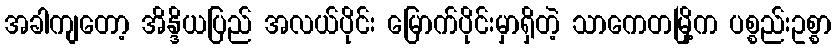
အခါကျတော့ အိန္ဒိယပြည် အလယ်ပိုင်း မြောက်ပိုင်းမှာရှိတဲ့ သာကေတမြို့က ပစ္စည်းဥစ္စာ